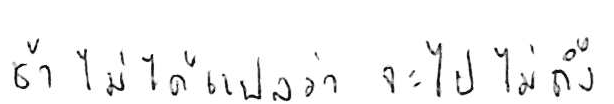
ช้า ไม่ได้แปลว่า จะไปไม่ถึง